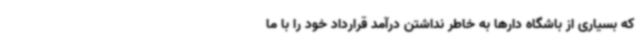
که بسیاری از باشگاه دارها به خاطر نداشتن درآمد قرارداد خود را با ما